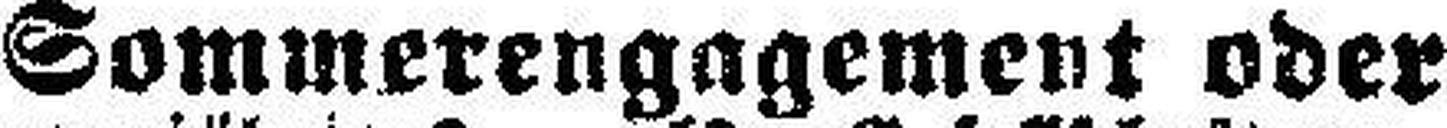
Sommerengagement oder